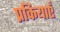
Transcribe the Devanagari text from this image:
प्रकियाएँ